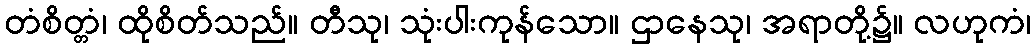
တံစိတ္တံ၊ ထိုစိတ်သည်။ တီသု၊ သုံးပါးကုန်သော။ ဌာနေသု၊ အရာတို့၌။ လဟုကံ၊